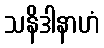
သနိဒါနာဟံ